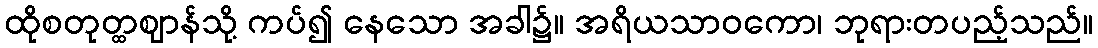
ထိုစတုတ္ထဈာန်သို့ ကပ်၍ နေသော အခါ၌။ အရိယသာဝကော၊ ဘုရားတပည့်သည်။